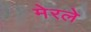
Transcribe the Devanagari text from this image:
मेरले